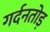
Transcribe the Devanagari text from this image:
गर्दनतोड़